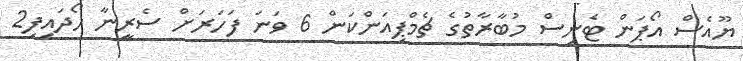
ޔޫއެސް އޯޕަން ޓެނިސް މުބާރާތުގެ ޗެމްޕިއަންކަން 6 ވަނަ ފަހަރަށް ސެރީނާ ހޯދައިފި2